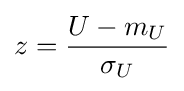
z={\frac {U-m_{U}}{\sigma _{U}}}